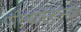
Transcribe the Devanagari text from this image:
परिचारिकांमध्ये